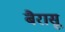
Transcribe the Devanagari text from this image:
बैरासू